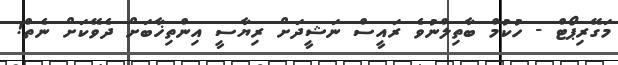
މަގޭރިޕޯޓް - ހުކުމް ބާތިލްނުވެ ރައީސް ނަޝީދަށް ރިޔާސީ އިންތިޚާބަށް ދެވޭކަށް ނެތް!